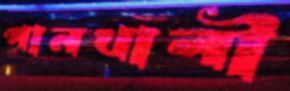
পানখালী